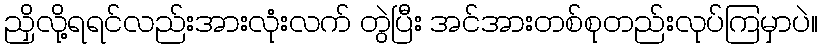
ညှိလို့ရရင်လည်းအားလုံးလက် တွဲပြီး အင်အားတစ်စုတည်းလုပ်ကြမှာပဲ။